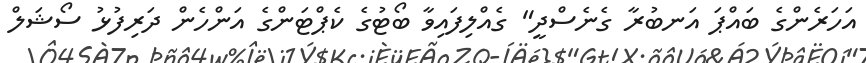
އަހަރެންގެ ބައްޕަ އަނބުރާ ގެނެސްދީ" ގެއްލިފައިވާ ބޯޓުގެ ކެޕްޓަންގެ އަންހެން ދަރިފުޅު ސޯޝަލް